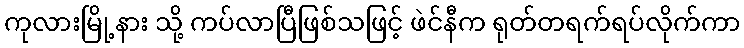
ကုလားမြို့နား သို့ ကပ်လာပြီဖြစ်သဖြင့် ဖဲင်နီက ရုတ်တရက်ရပ်လိုက်ကာ